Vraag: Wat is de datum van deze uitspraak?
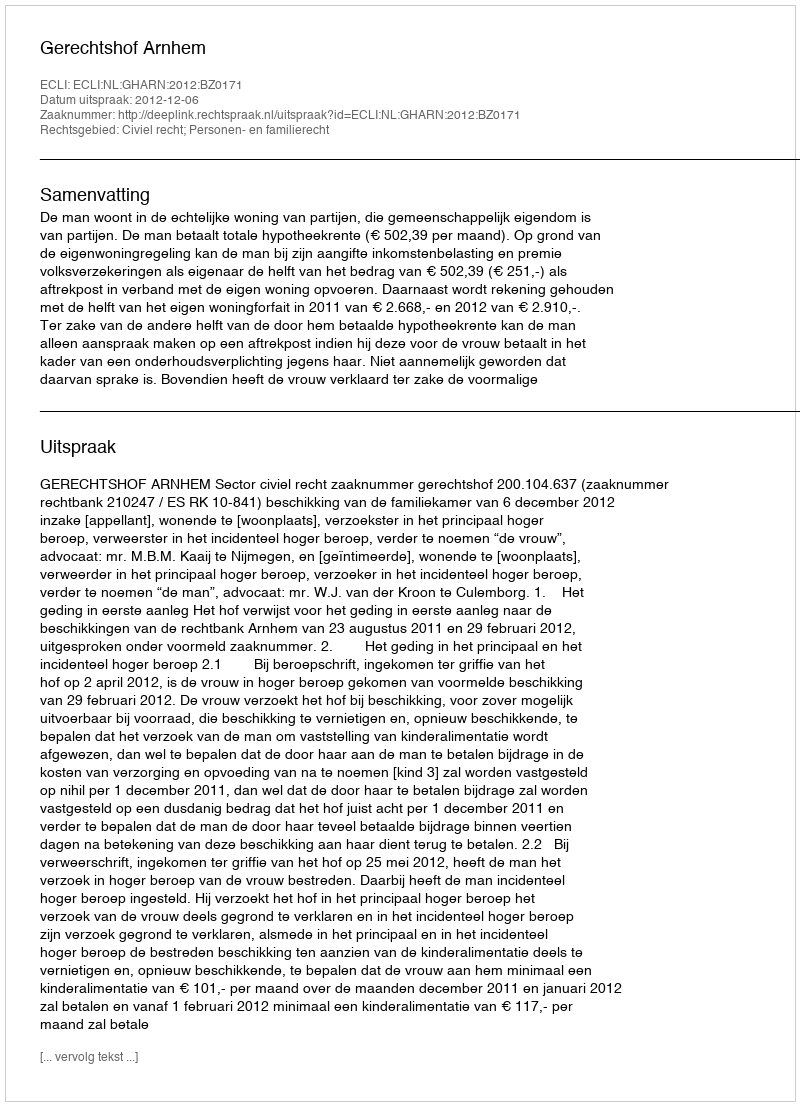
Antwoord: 2012-12-06